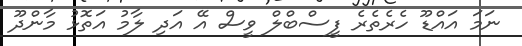
ނަމަ އައްޑޫ ހެރެތެރެ ފީސްބްލް ވީސް އޭ އަދި ލާމު އަތޮޅު މާންދޫ